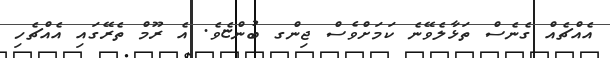
އެއްޗެއް ގެނެސް ތަޅާލެވޭނެ ކަމަށްވެސް ޖިންގ ބުންޏެވެ. އެ ރޫމް ތެރޭގައި އެއްޗެހި